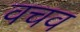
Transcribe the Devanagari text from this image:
वचव